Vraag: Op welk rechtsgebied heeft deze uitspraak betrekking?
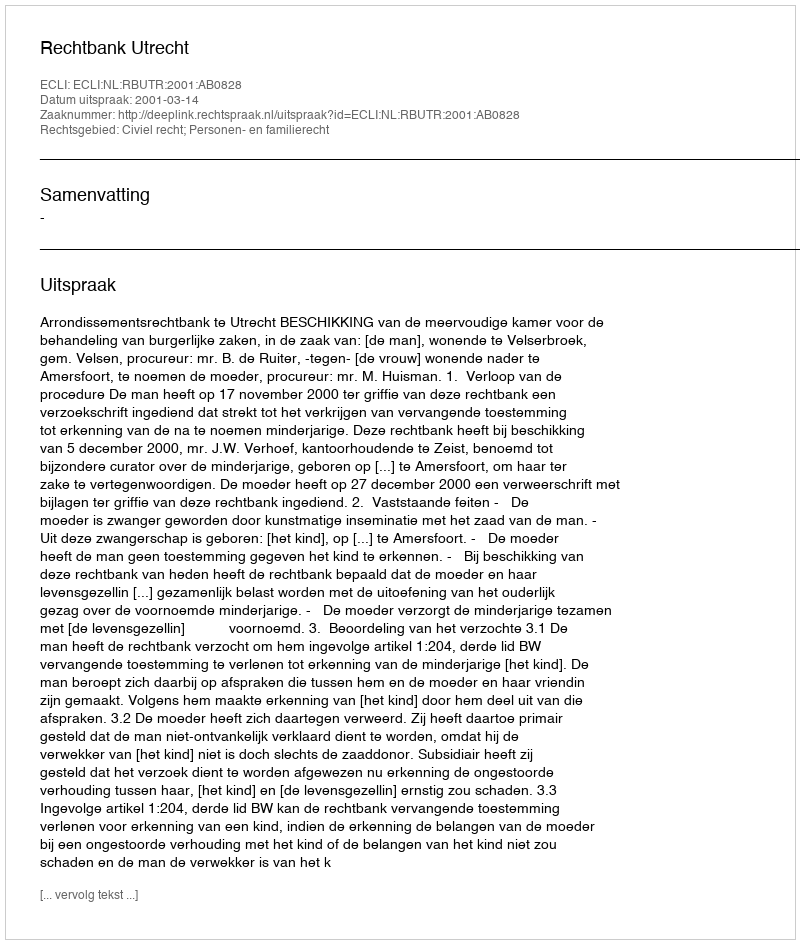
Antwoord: Civiel recht; Personen- en familierecht